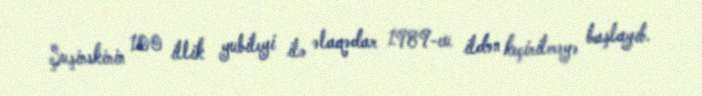
Şuşinskinin 100 illik yubileyi ilə əlaqədar 1989-cu ildən keçirilməyə başlayıb.